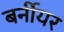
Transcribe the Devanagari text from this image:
बर्नीयर